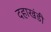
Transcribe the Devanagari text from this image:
दहाखंडी